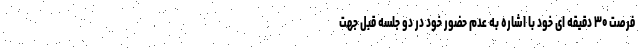
فرصت ۳۰ دقیقه ای خود با اشاره به عدم حضور خود در دو جلسه قبل جهت